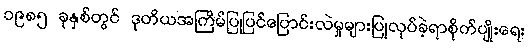
၁၉၈၅ ခုနှစ်တွင် ဒုတိယအကြိမ်ပြုပြင်ပြောင်းလဲမှုများပြုလုပ်ခဲ့ရာစိုက်ပျိုးရေး